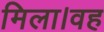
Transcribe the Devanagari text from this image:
मिला।वह